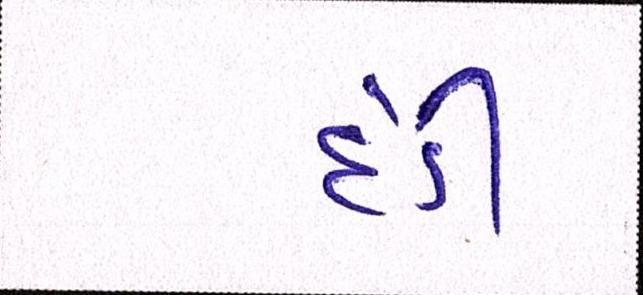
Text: દંડી